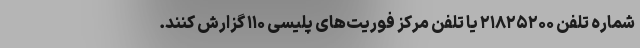
شماره تلفن‌ ۲۱۸۲۵۲۰۰ یا تلفن مرکز فوریت‌های پلیسی ۱۱۰ گزارش کنند.